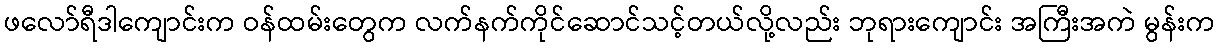
ဖလော်ရီဒါကျောင်းက ဝန်ထမ်းတွေက လက်နက်ကိုင်ဆောင်သင့်တယ်လို့လည်း ဘုရားကျောင်း အကြီးအကဲ မွန်းက